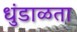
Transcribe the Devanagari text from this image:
धुंडाळता